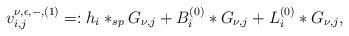
LaTeX: \begin{align*}v^{\nu,\epsilon,-,(1)}_{i,j}=:h_i\ast_{sp} G_{\nu,j}+B^{(0)}_i\ast G_{\nu,j}+L^{(0)}_i\ast G_{\nu,j},\end{align*}